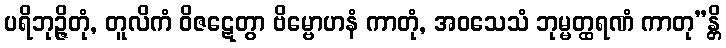
ပရိဘုဉ္ဇိတုံ, တူလိကံ ဝိဇဋေတွာ ဗိမ္ဗောဟနံ ကာတုံ, အဝသေသံ ဘုမ္မတ္ထရဏံ ကာတု”န္တိ